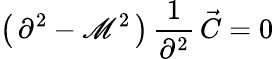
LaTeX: \left(\, \partial^{2}-\mathscr{M}^{2}\, \right)\, {\frac{{1}}{{\partial^{2}}}}\, \vec{{C}}=0